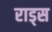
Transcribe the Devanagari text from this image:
राड्स